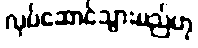
လုပ်ဆောင်သွားမည်ဟု